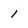
Character: 1